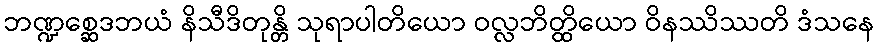
ဘဏ္ဍစ္ဆေဒဘယံ နိသီဒိတုန္တိ သုရာပါတိယော ဝလ္လဘိတ္ထိယော ဝိနဿိဿတိ ဒံသနေ